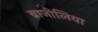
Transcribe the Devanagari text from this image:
ब्राजीलिया